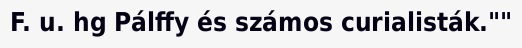
F. u. hg Pálffy és számos curialisták.""